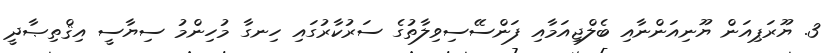
3. ޔޫރަޕިއަން ޔޫނިއަންނާއި ބެލްޖިއަމާއި ފަންސޭސިވިލާތުގެ ސަރުކާރުގައި ހިނގާ މުހިންމު ސިޔާސީ އިޤްތިޞާދީ